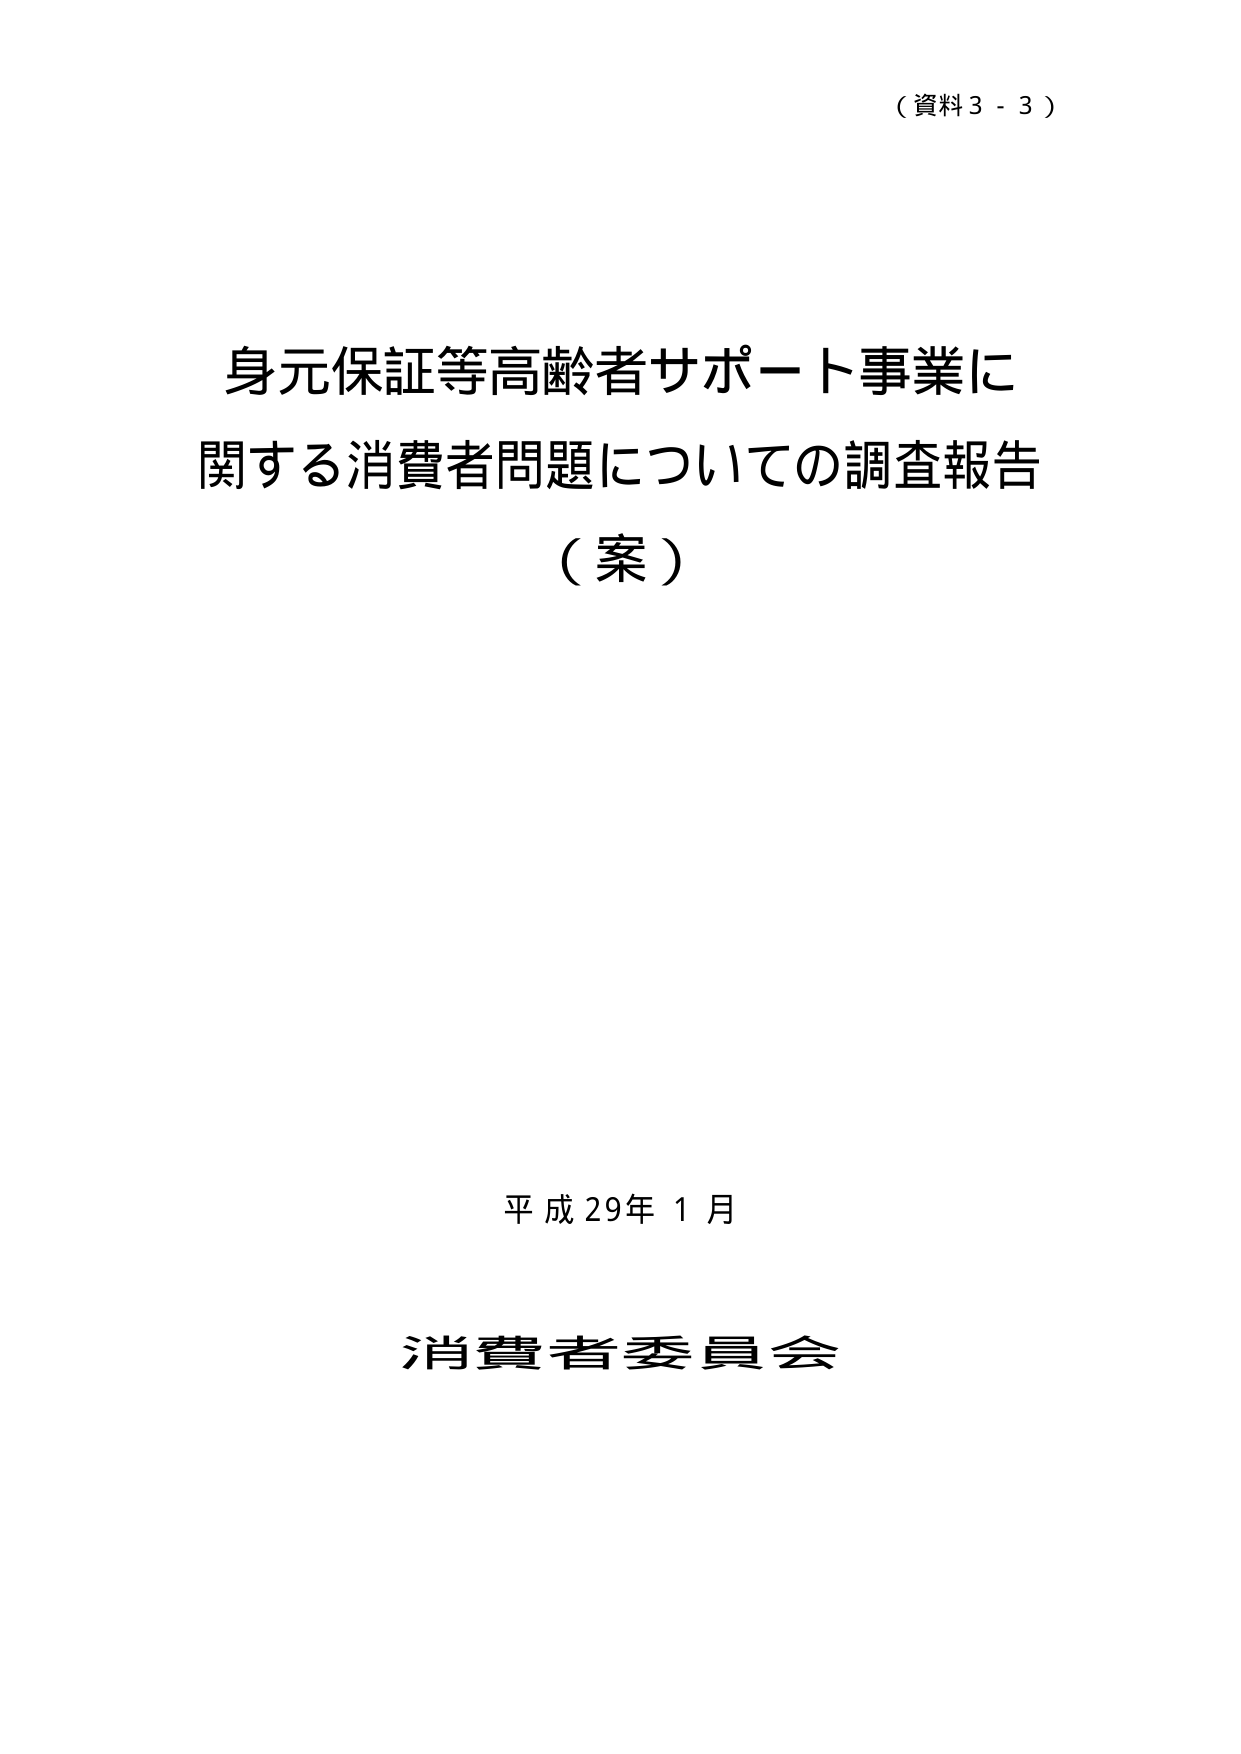
（資料３－３）

身元保証等高齢者サポート事業に
関する消費者問題についての調査報告
（案）

平成29年１月

消費者委員会